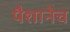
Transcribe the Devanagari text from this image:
पैशानेच